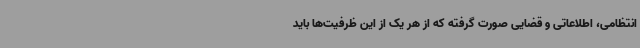
انتظامی، اطلاعاتی و قضایی صورت گرفته که از هر یک از این ظرفیت‌ها باید